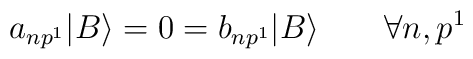
a_{np^1} |B \rangle = 0 = b_{np^1} |B \rangle \qquad \forall n,p^1